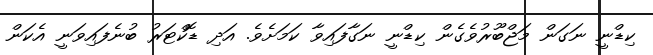
ކިޑްނީ ނަގަން މަޖްބޫރުވެގެން ކިޑްނީ ނަގާފައިވާ ކަމަށެވެ. އަދި ޑޮކްޓަރު ބުނެފައިވަނީ އެކަން